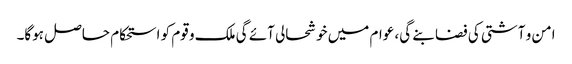
امن و آشتی کی فضا بنے گی، عوام میں خوشحالی آئے گی ملک و قوم کو استحکام حاصل ہوگا۔